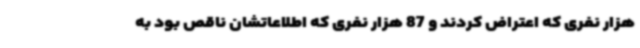
هزار نفری که اعتراض کردند و 87 هزار نفری که اطلاعاتشان ناقص بود به